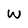
Character: W